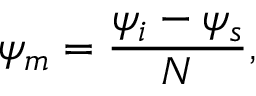
\psi _ { m } = \frac { \psi _ { i } - \psi _ { s } } { N } ,